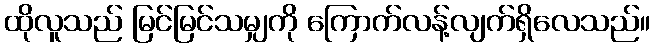
ထိုလူသည် မြင်မြင်သမျှကို ကြောက်လန့်လျက်ရှိလေသည်။